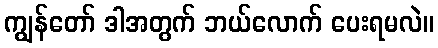
ကျွန်တော် ဒါအတွက် ဘယ်လောက် ပေးရမလဲ။